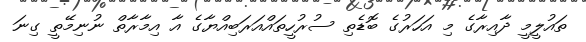
ތައުލީމީ ދާއިރާގެ މި އަހަރުގެ ބޮޑެތި ސުރުހީތައްއަރަބިއްޔާގެ އާ އިމާރާތް ނުނިމޭތީ ގިނަ